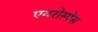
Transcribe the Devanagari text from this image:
एयरोस्प॓स